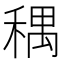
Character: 𫀽